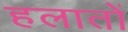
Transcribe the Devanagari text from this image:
हलातों